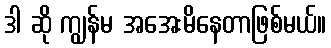
ဒါ ဆို ကျွန်မ အအေးမိနေတာဖြစ်မယ်။